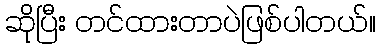
ဆိုပြီး တင်ထားတာပဲဖြစ်ပါတယ်။